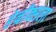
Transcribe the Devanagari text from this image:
हेन्रीक्सला